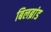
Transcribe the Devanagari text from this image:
बिलब्रांड